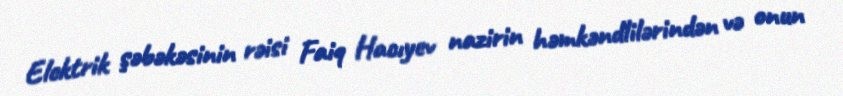
Elektrik şəbəkəsinin rəisi Faiq Hacıyev nazirin həmkəndlilərindən və onun